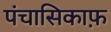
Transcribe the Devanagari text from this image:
पंचासिकाफ़